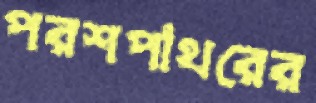
পরশপাথরের